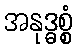
အနုဒ္ဓစ္စံ